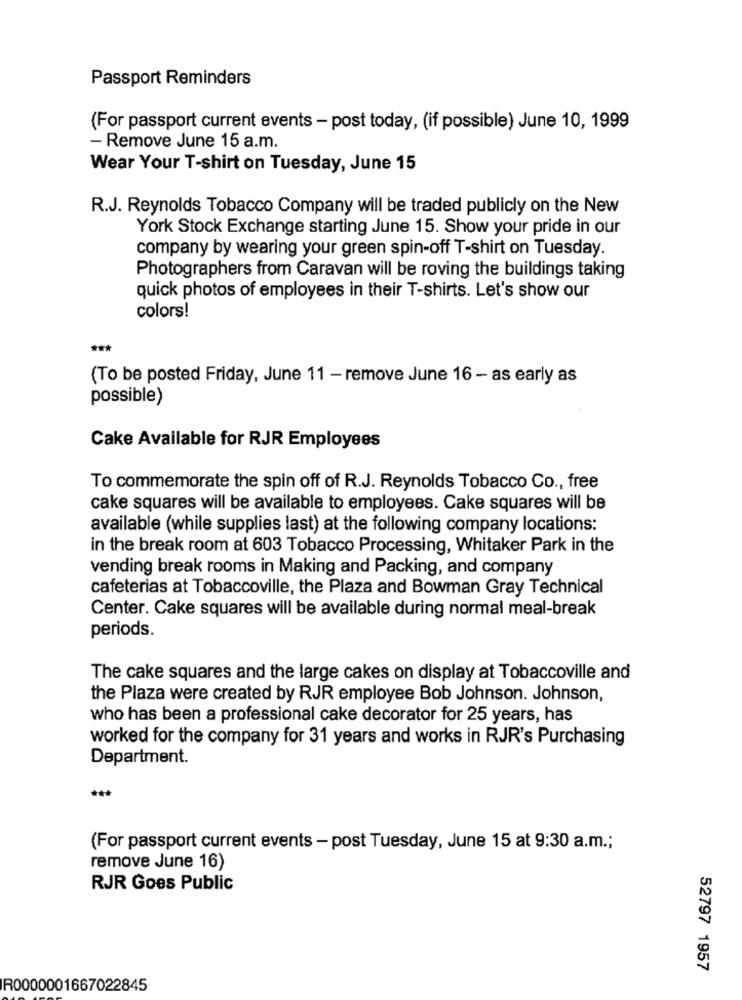
Passport Reminders
(For passport current events - post today, (if possible) June 10, 1999
- Remove June 15 a.m.
Wear Your T-shirt on Tuesday, June 15
R.J. Reynolds Tobacco Company will be traded publicly on the New
York Stock Exchange starting June 15. Show your pride in our
company by wearing your green spin-off T-shirt on Tuesday.
Photographers from Caravan will be roving the buildings taking
quick photos of employees in their T-shirts. Let's show our
colors!
(To be posted Friday, June 11 - remove June 16 - as early as
possible)
Cake Available for RJR Employees
To commemorate the spin off of R.J. Reynolds Tobacco Co ., free
cake squares will be available to employees. Cake squares will be
available (while supplies last) at the following company locations:
in the break room at 603 Tobacco Processing, Whitaker Park in the
vending break rooms in Making and Packing, and company
cafeterias at Tobaccoville, the Plaza and Bowman Gray Technical
Center. Cake squares will be available during normal meal-break
periods.
The cake squares and the large cakes on display at Tobaccoville and
the Plaza were created by RJR employee Bob Johnson. Johnson,
who has been a professional cake decorator for 25 years, has
worked for the company for 31 years and works in RJR's Purchasing
Department.
(For passport current events - post Tuesday, June 15 at 9:30 a.m .;
remove June 16)
RJR Goes Public
52797 1957
R0000001667022845